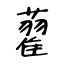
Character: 藋